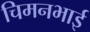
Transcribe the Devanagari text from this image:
चिमनभाई